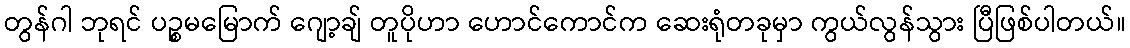
တွန်ဂါ ဘုရင် ပဉ္စမမြောက် ဂျော့ချ် တူပိုဟာ ဟောင်ကောင်က ဆေးရုံတခုမှာ ကွယ်လွန်သွား ပြီဖြစ်ပါတယ်။